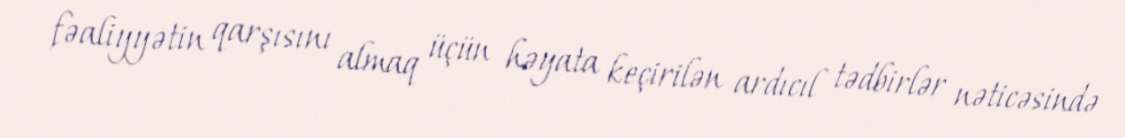
fəaliyyətin qarşısını almaq üçün həyata keçirilən ardıcıl tədbirlər nəticəsində